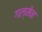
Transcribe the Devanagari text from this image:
गल्मेन